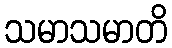
သမာသမာတိ